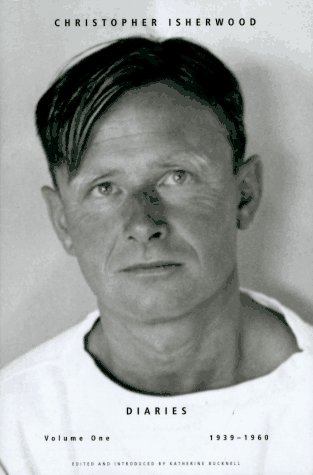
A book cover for Diaries: Volume 1, 1939-1960 (Isherwood, Christopher Diaries); Christopher Isherwood; Gay & Lesbian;